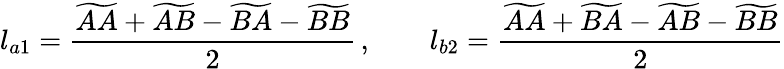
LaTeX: l_{a1}=\frac{\widetilde{AA}+\widetilde{AB}-\widetilde{BA}-\widetilde{BB}}{2}\, ,\qquad l_{b2}=\frac{\widetilde{AA}+\widetilde{BA}-\widetilde{AB}-\widetilde{BB}}{2}